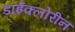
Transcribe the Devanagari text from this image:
डाईक्लोरीन